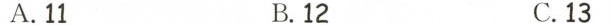
A.11 B.12 C.13